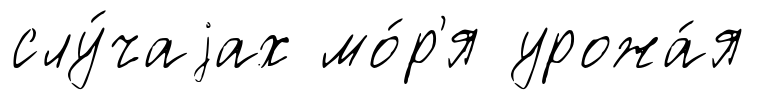
слу́чаjах мо́р'я урожа́я